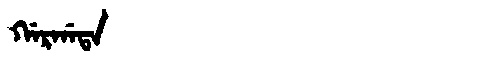
Manchu: ᡤᠠᡵᡤᠠᡨᠠ
Romanization: GARGATA